Jaan_Tonisson_(Lasteleht), lk 284
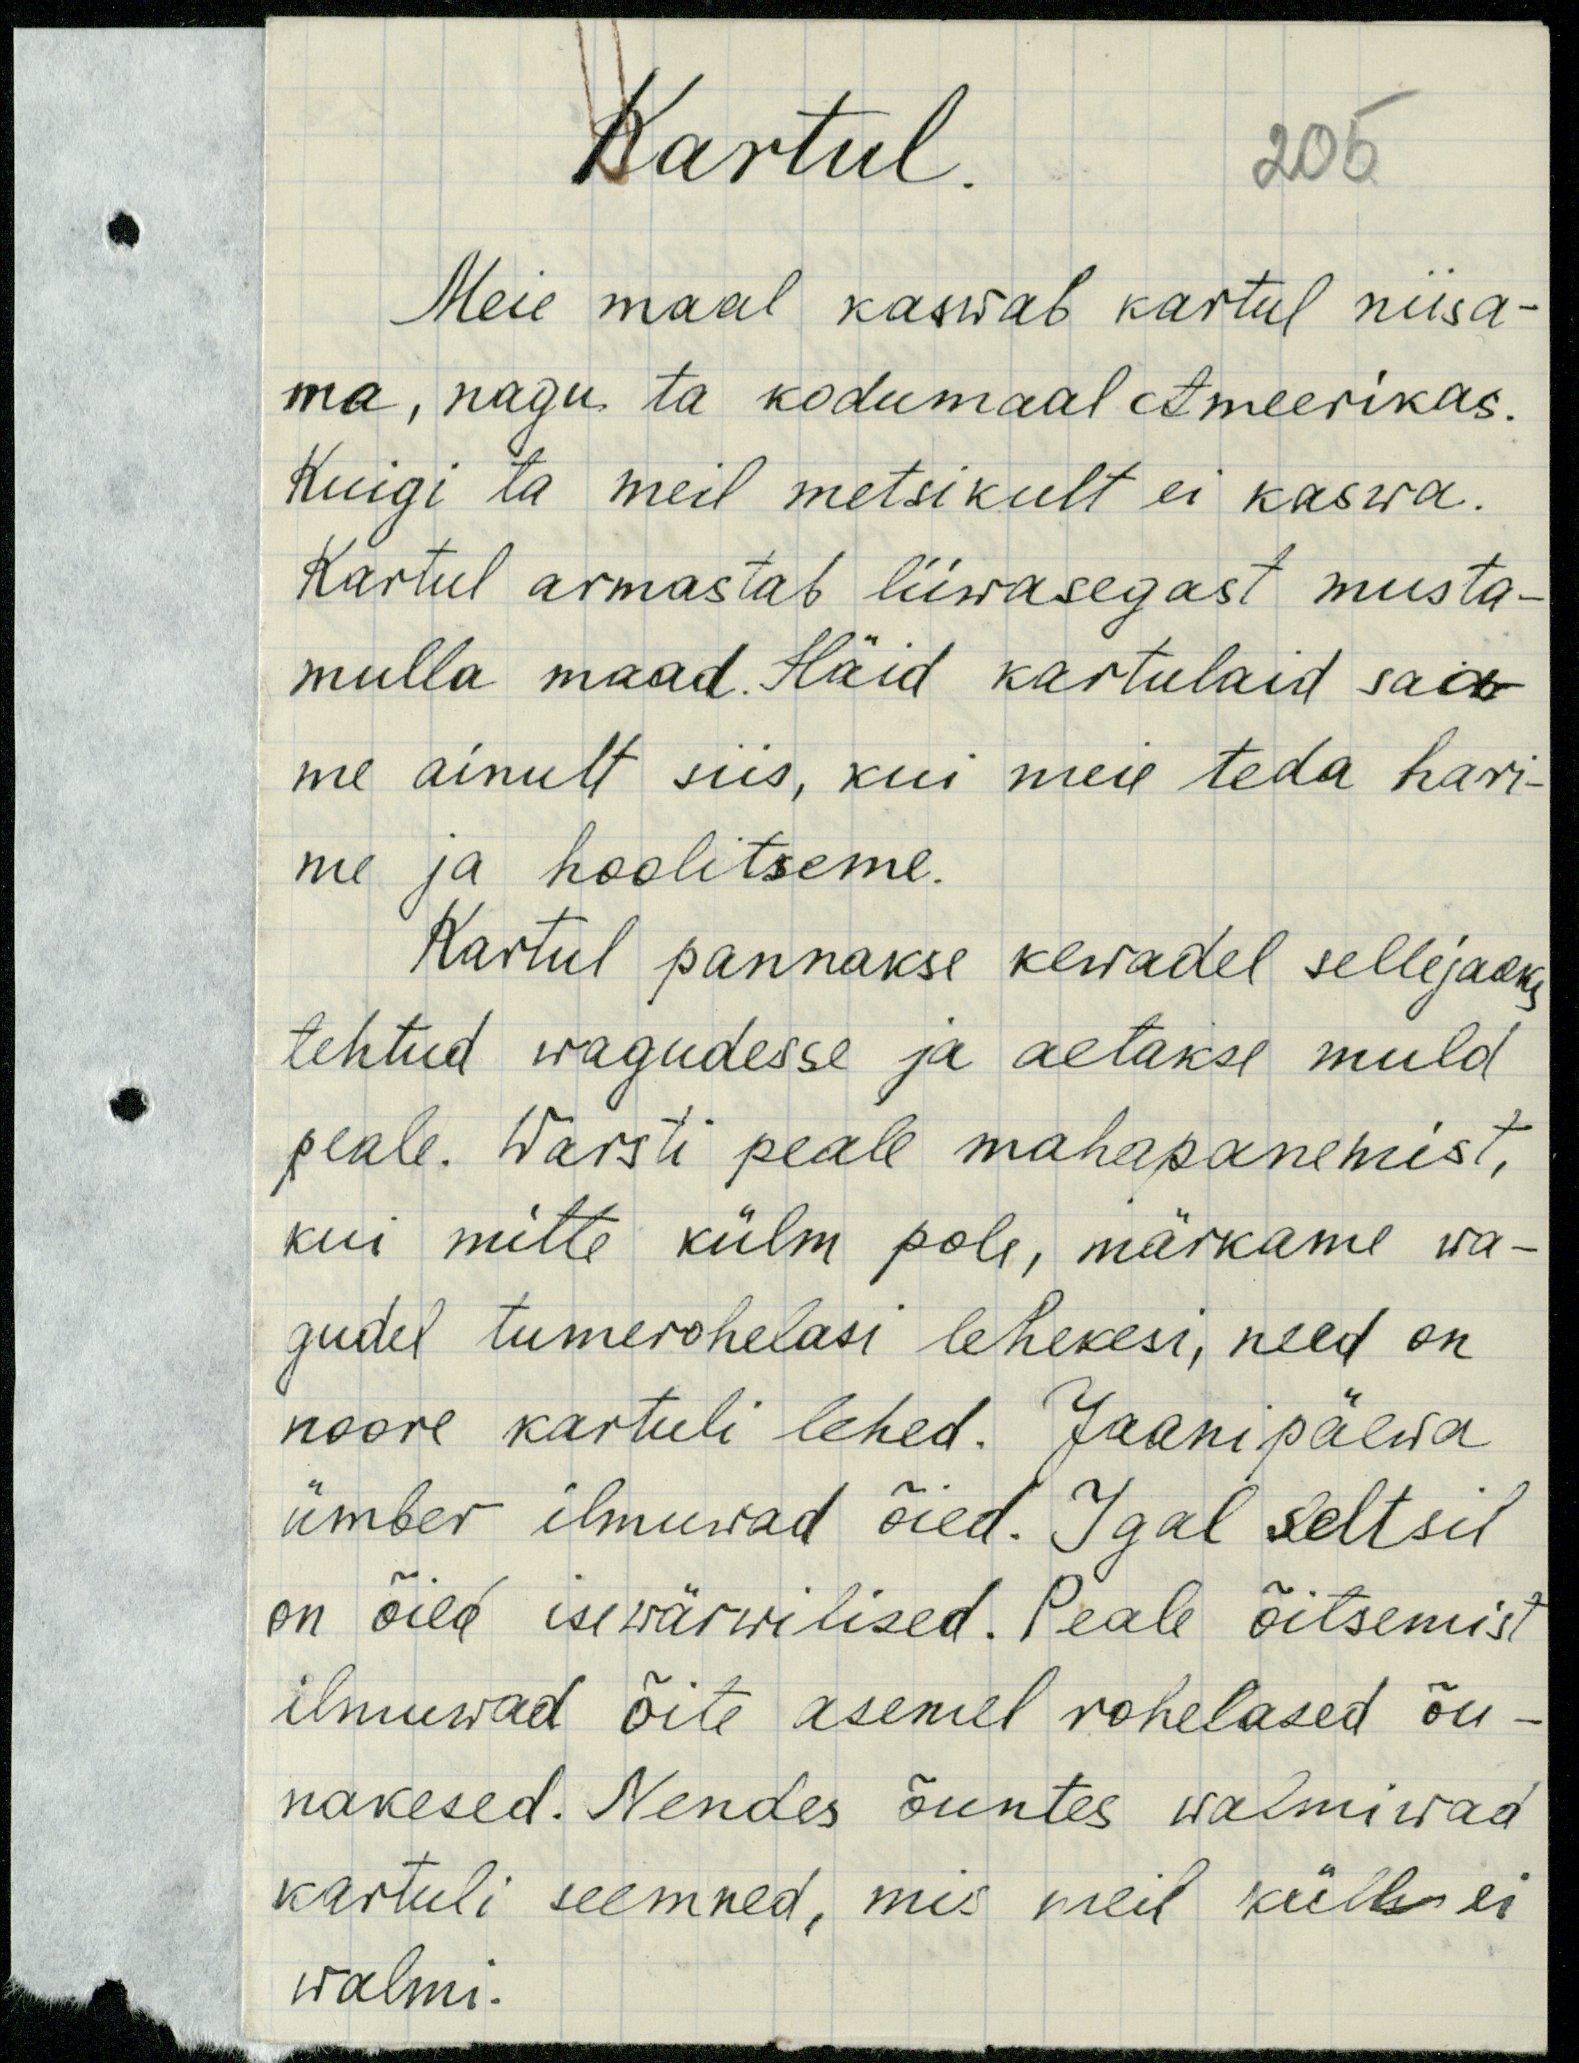
Kartul
205
Meie maal kaswab kartul niisa-
ma, nagu ta kodumaal Ameerikas.
Kuigi ta meil metsikult ei kaswa.
Kartul armastab liiwasegast musta-
mulla maad. Häid kartulaid saa-
me ainult siis, kui meie teda hari-
me ja hoolitseme.
Kartul pannakse kewadel sellejaoks
tehtud wagudesse ja aetakse muld
peale. Warsti peale mahapanemist,
kui mitte külm pole, märkame wa-
gudel tumerohelasi lehekesi, need on
noore kartuli lehed. Jaanipäewa
ümber ilmuwad õied. Igal seltsil
on õied isewärwilised. Peale õitsemist
ilmuwad õite asemel rohelased õu-
nakesed. Nendes õuntes walmiwad
kartuli seemned, mis meil küll ei
walmi.